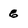
Character: g